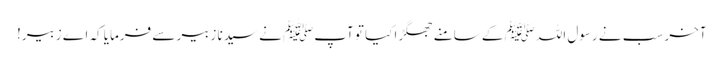
آخر سب نے رسول اللہﷺ کے سامنے جھگڑا کیا تو آپﷺ نے سیدنا زبیر سے فرمایا کہ اے زبیر!